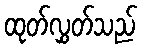
ထုတ်လွှတ်သည်